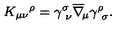
K _ { \mu \nu } { ^ \rho } = \gamma _ { \ \nu } ^ { \sigma } \overline { \nabla } _ { \! \mu } \gamma _ { \ \sigma } ^ { \rho } .